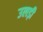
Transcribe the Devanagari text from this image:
उलड़ी